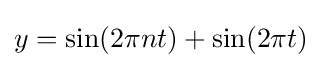
y=\sin(2\pi nt)+\sin(2\pi t)